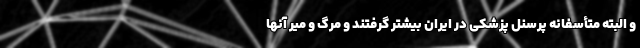
و البته متأسفانه پرسنل پزشکی در ایران بیشتر گرفتند و مرگ و میر آنها